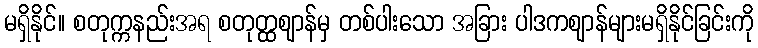
မရှိနိုင်။ စတုက္ကနည်းအရ စတုတ္ထဈာန်မှ တစ်ပါးသော အခြား ပါဒကဈာန်များမရှိနိုင်ခြင်းကို